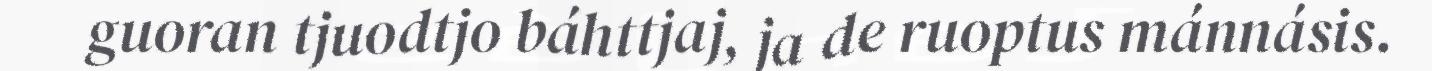
guoran tjuodtjo báhttjaj, ja de ruoptus mánnásis.